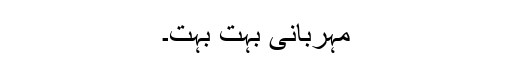
مہربانی بہت بہت۔